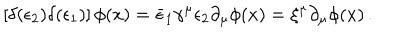
\left[ \delta ( \epsilon _ { 2 } ) \delta ( \epsilon _ { 1 } ) \right] \phi ( x ) = \bar { \epsilon } _ { 1 } \gamma ^ { \mu } \epsilon _ { 2 } \partial _ { \mu } \phi ( x ) = \xi ^ { \mu } \partial _ { \mu } \phi ( x ) \, .